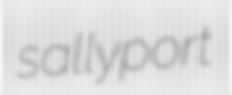
sallyport